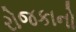
રોજકાનો